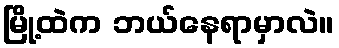
မြို့ထဲက ဘယ်နေရာမှာလဲ။